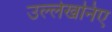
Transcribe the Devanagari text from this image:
उल्लेखनिए